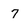
Character: 7